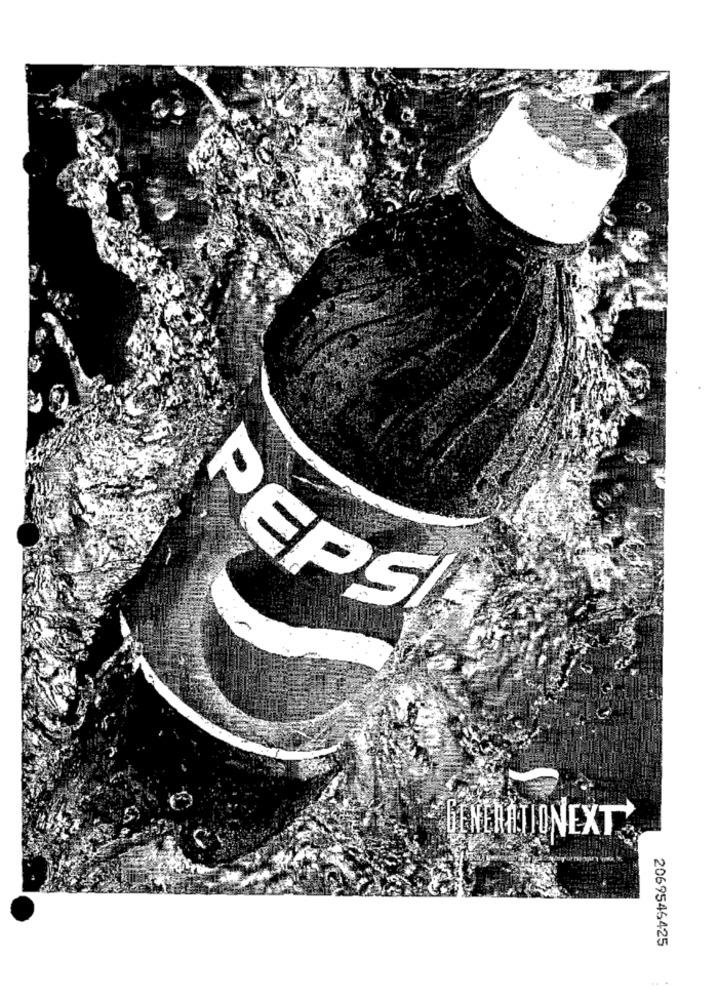
PEPSI
GENERATIONEXT
2069546425